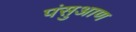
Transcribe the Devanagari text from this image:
पंसुआण